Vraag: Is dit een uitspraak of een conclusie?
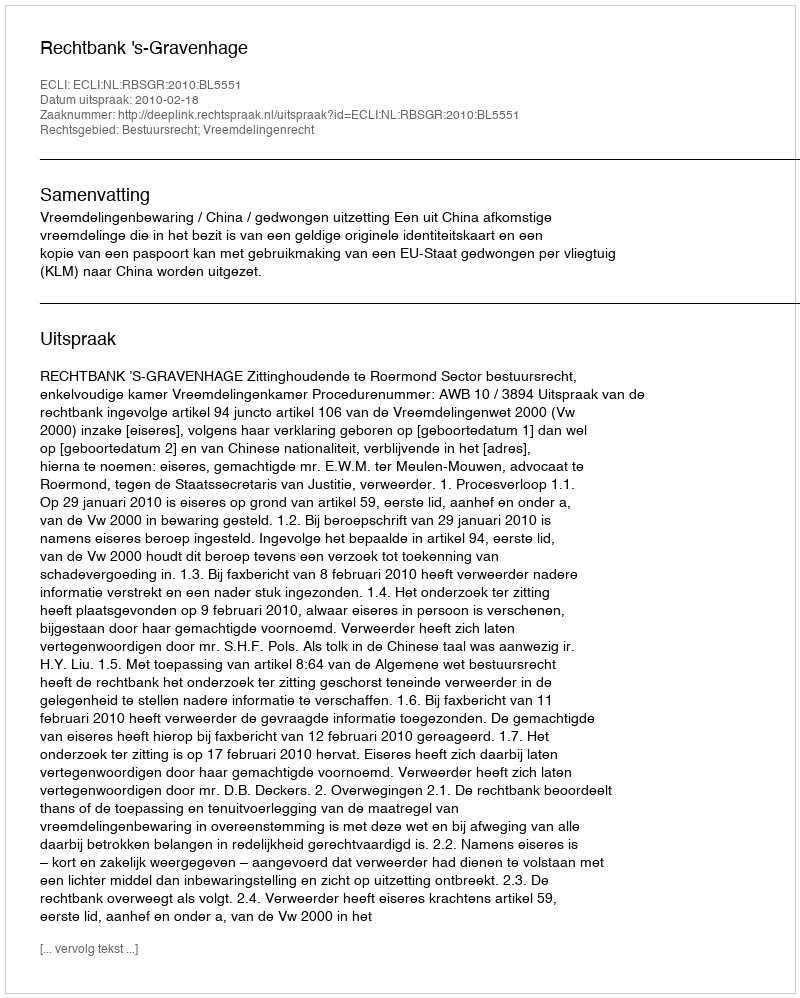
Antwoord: Uitspraak